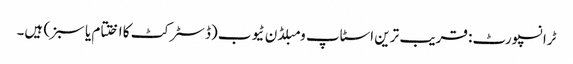
ٹرانسپورٹ: قریب ترین اسٹاپ ومبلڈن ٹیوب (ڈسٹرکٹ کا اختتام یا سبز) ہیں۔